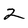
Character: 2